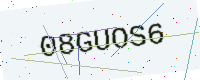
Text: 08GUOS6